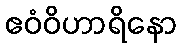
ဧဝံဝိဟာရိနော